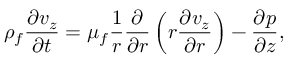
\rho _ { f } \frac { \partial v _ { z } } { \partial t } = \mu _ { f } \frac { 1 } { r } \frac { \partial } { \partial r } \left( r \frac { \partial v _ { z } } { \partial r } \right) - \frac { \partial p } { \partial z } ,